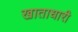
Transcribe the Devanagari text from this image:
खाताधारी